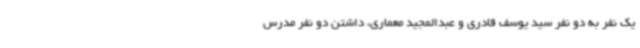
یک نفر به دو نفر سید یوسف قادری و عبدالمجید معماری، داشتن دو نفر مدرس